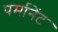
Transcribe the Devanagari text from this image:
पर्मानेंट